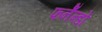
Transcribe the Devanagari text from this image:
फर्नॅन्डो